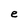
Character: e